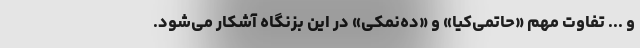
و ... تفاوت مهم «حاتمی‌کیا» و «ده‌نمکی» در این بزنگاه آشکار می‌شود.